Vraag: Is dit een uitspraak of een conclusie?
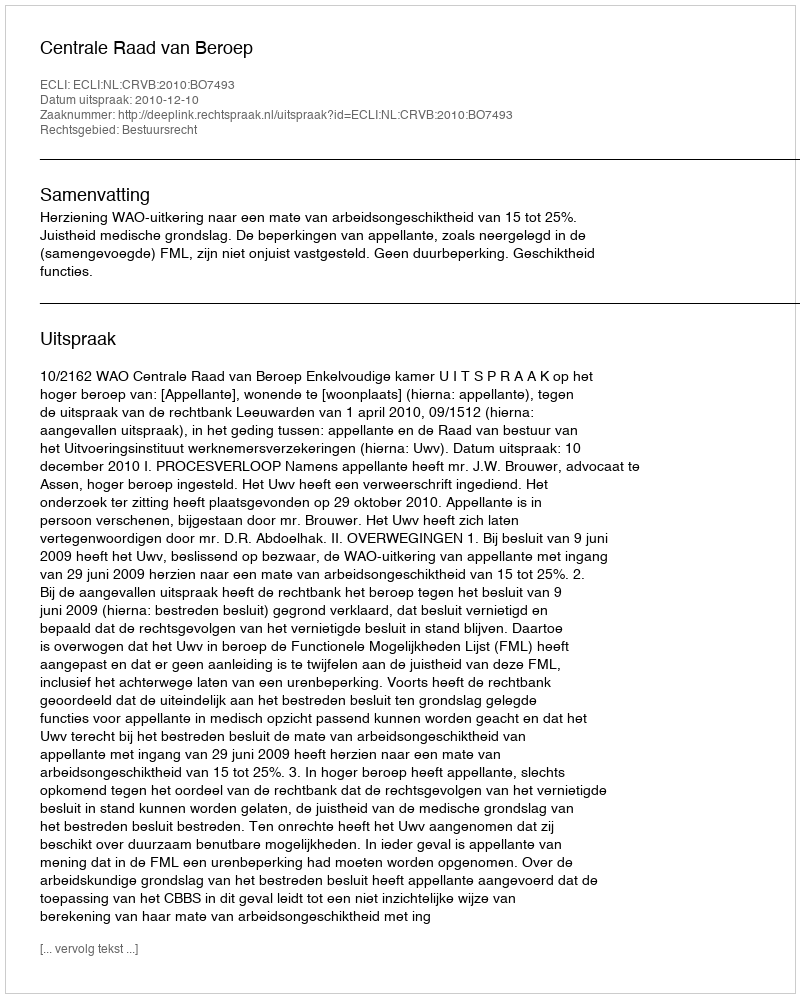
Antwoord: Uitspraak